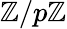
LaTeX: \mathbb{Z}/p\mathbb{Z}